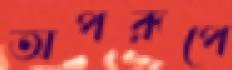
অপরূপে